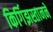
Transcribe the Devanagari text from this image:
किर्गिझस्तानने